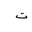
Letter: _ta